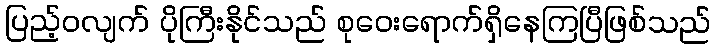
ပြည့်ဝလျက် ပိုကြီးနိုင်သည် စုဝေးရောက်ရှိနေကြပြီဖြစ်သည်